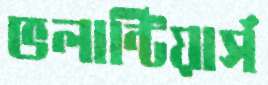
ভলান্টিয়ার্স